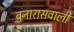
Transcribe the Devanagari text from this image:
बनारासवाली